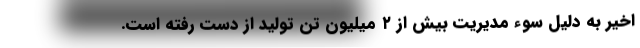
اخیر به دلیل سوء مدیریت بیش از ۲ میلیون تن تولید از دست رفته است.